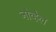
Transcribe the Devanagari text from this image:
नोव्हेल